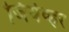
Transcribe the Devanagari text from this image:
जियेव्हर